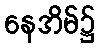
နေအိမ်၌